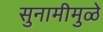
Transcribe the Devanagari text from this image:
सुनामीमुळे